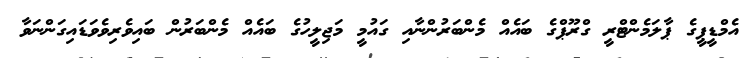
އެމްޑީޕީގެ ޕާލަމެންޓްރީ ގްރޫޕްގެ ބައެއް މެންބަރުންނާއި ގައުމީ މަޖިލީހުގެ ބައެއް މެންބަރުން ބައިވެރިވެވަޑައިގަންނަވާ